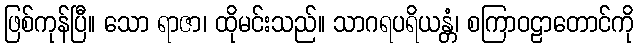
ဖြစ်ကုန်ပြီ။ သော ရာဇာ၊ ထိုမင်းသည်။ သာဂရပရိယန္တံ၊ စကြာဝဠာတောင်ကို